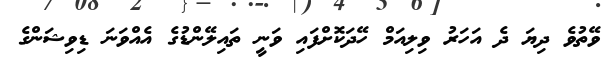
ވޭތުވެ ދިޔަ ދެ އަހަރު ވިލިއަމް ހޭދަކޮށްފައި ވަނީ ތައިލޭންޑުގެ އެއްވަނަ ޑިވިޝަންގެ